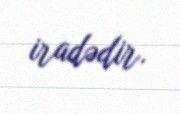
iradədir.